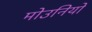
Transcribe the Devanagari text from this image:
मोउनियो